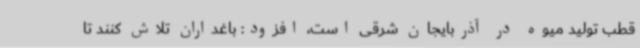
قطب تولید میوه در آذربایجان شرقی است، افزود: باغداران تلاش کنند تا